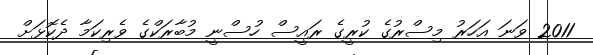
2011 ވަނަ އަހަރު މިސްރުގެ ކުރީގެ ރައީސް ހުސްނީ މުބާރަކްގެ ވެރިކަމާ ދެކޮޅަށް